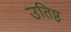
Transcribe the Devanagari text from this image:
उतिष्ठ